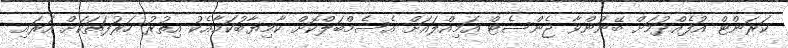
ކަރަންޓް އުފެއްދުމަށް ބޭނުންވާ ޖެންސެޓް އަމިއްލައަށް އެސެމްބަލްކޮށް ކާމިޔާބުކަމާއެކު އިތުރު ހަރުފަތަކަށް އަރައި